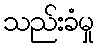
သည်းခံမှု